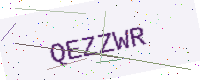
Text: QEZZWR